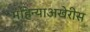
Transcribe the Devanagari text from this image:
महिन्याअखेरीस